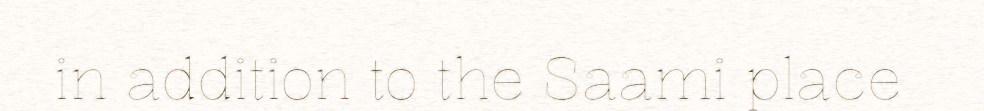
in addition to the Saami place